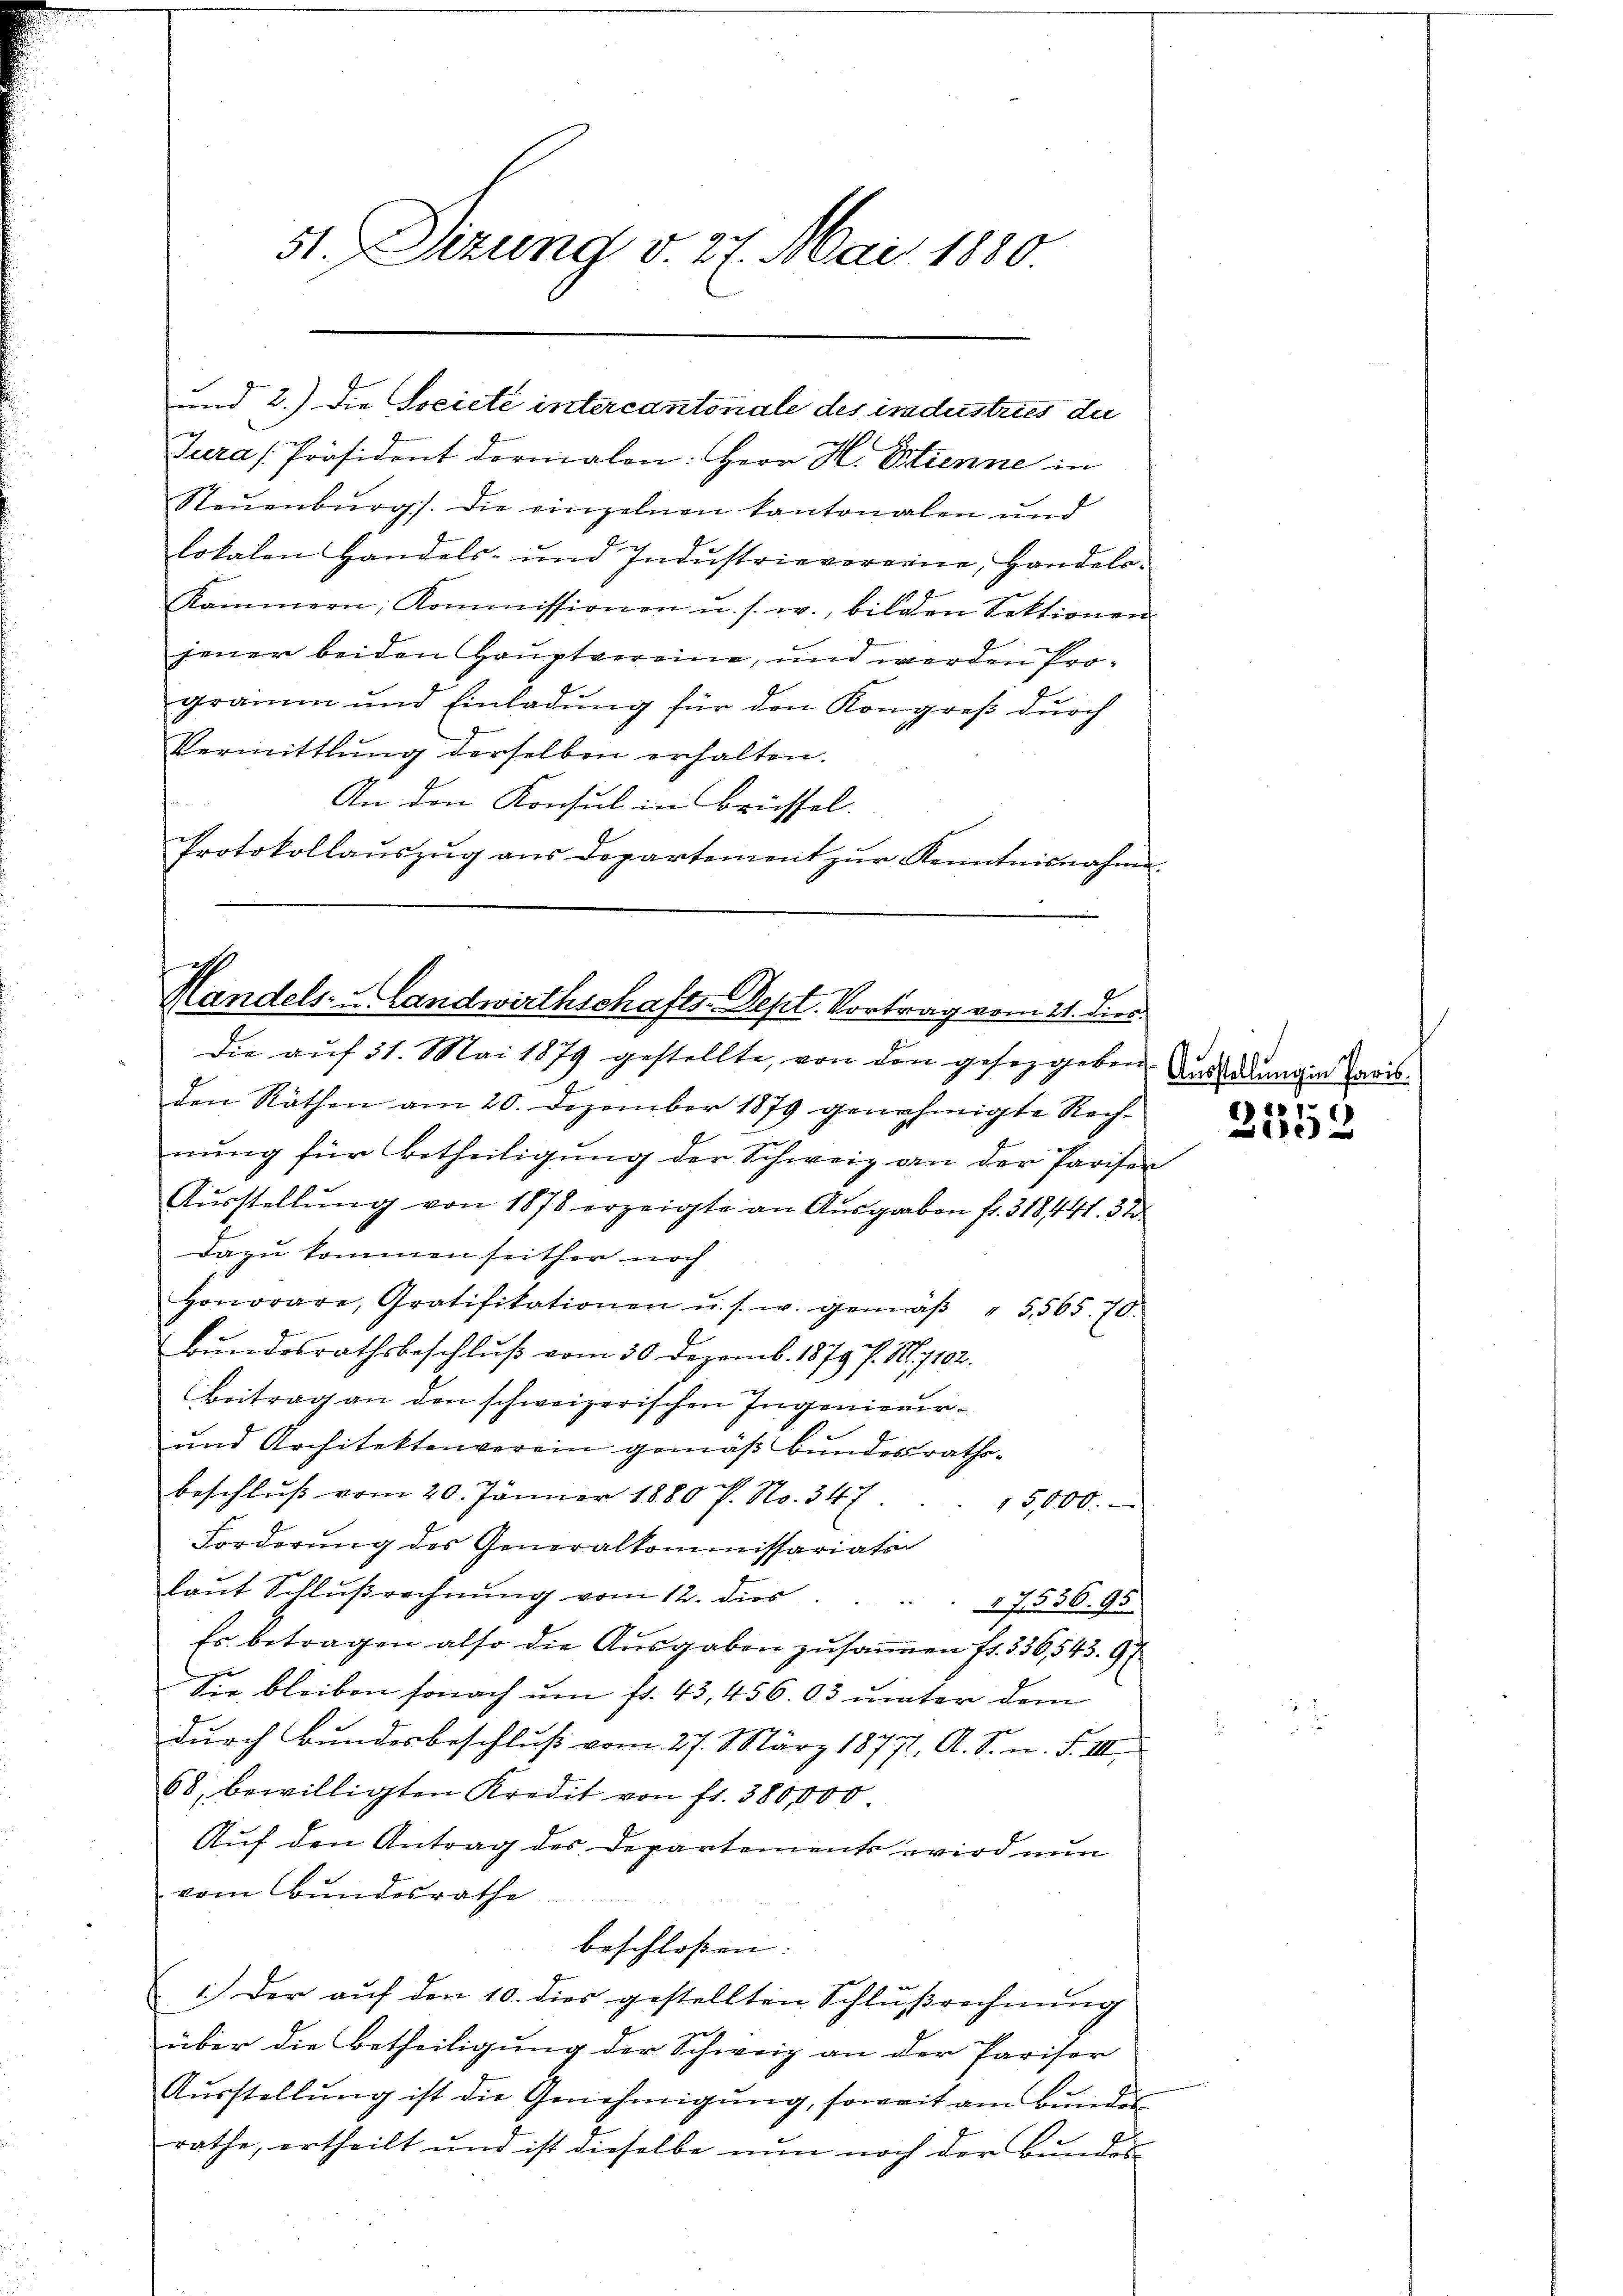
st. Sizung v. 27. Mai 1880

Jura [Präsident dermalen: Herr H. Etienne in
Steŭenbŭrg). Die einzelnen kantonalen und
lokalen Handels- und Indŭstrievereine, Handels-
Kammern, Kommissionen u. s. w., bilden Sektionen
jener beiden Hauptvereine, und werden Programm und Einladŭng für den Kongreß durch
Vermittlung derselben erhalten.
An den Konsul in Brüssel.
Protokollaŭszŭg ans Departement zŭr Kenntnisnahme.

und 2.) Die Societe intercantonale des iradustries die

d
Grandels- u. Landwirthschafts-Dept. Vortrag vom 21. dies

Die aŭf 31. Mai 1879 gestellte, von den gesetzgeben
den Räthen am 20. Dezember 1879 genehmigte Rech-
nung für Betheiligung der Schweiz an der Pariser
Aŭsstellŭng von 1878 erzeigte an Ausgaben fr. 318441. 32
Dazu kommen seither noch
Honorare, Gratifikationen u. s. w. gemäβ " 5565. 70.
Bundesrathsbeschluß vom 30. Dezemb. 1879 J. M. 1102.
Beitrag an den schweizerischen Ingenieur¬
und Architektenverein gemäß bundesrathsbeschlŭβ vom 20. Jänner 1880 P. No. 347.
15,000.
Forderung des Generalkommissariats-
laut Schlußrechnung vom 12. dir
17536. 95
Es betragen also die Ausgaben zusamen fr. 336,543. 97
Sr bleiben sonach um fr. 43, 456. 03 unter dem
durch Bundesbeschluß vom 27. März 18771. A. S. n. F. III
68, bewilligten Kredit von fl. 380,000
Auf den Antrag des Departements wird nun
vom Bundesrathe
beschloßen: |
1.) Der auf den 10. dies gestellten Schlußrechnung
über die Betheiligung der Schweiz an der Pariser
Aŭsstellŭng ist die Genehmigŭng, soweit am Bundes
rathe, ertheilt und ist dieselbe nun noch der Bundes

Ausstellung in Paris.
1

310